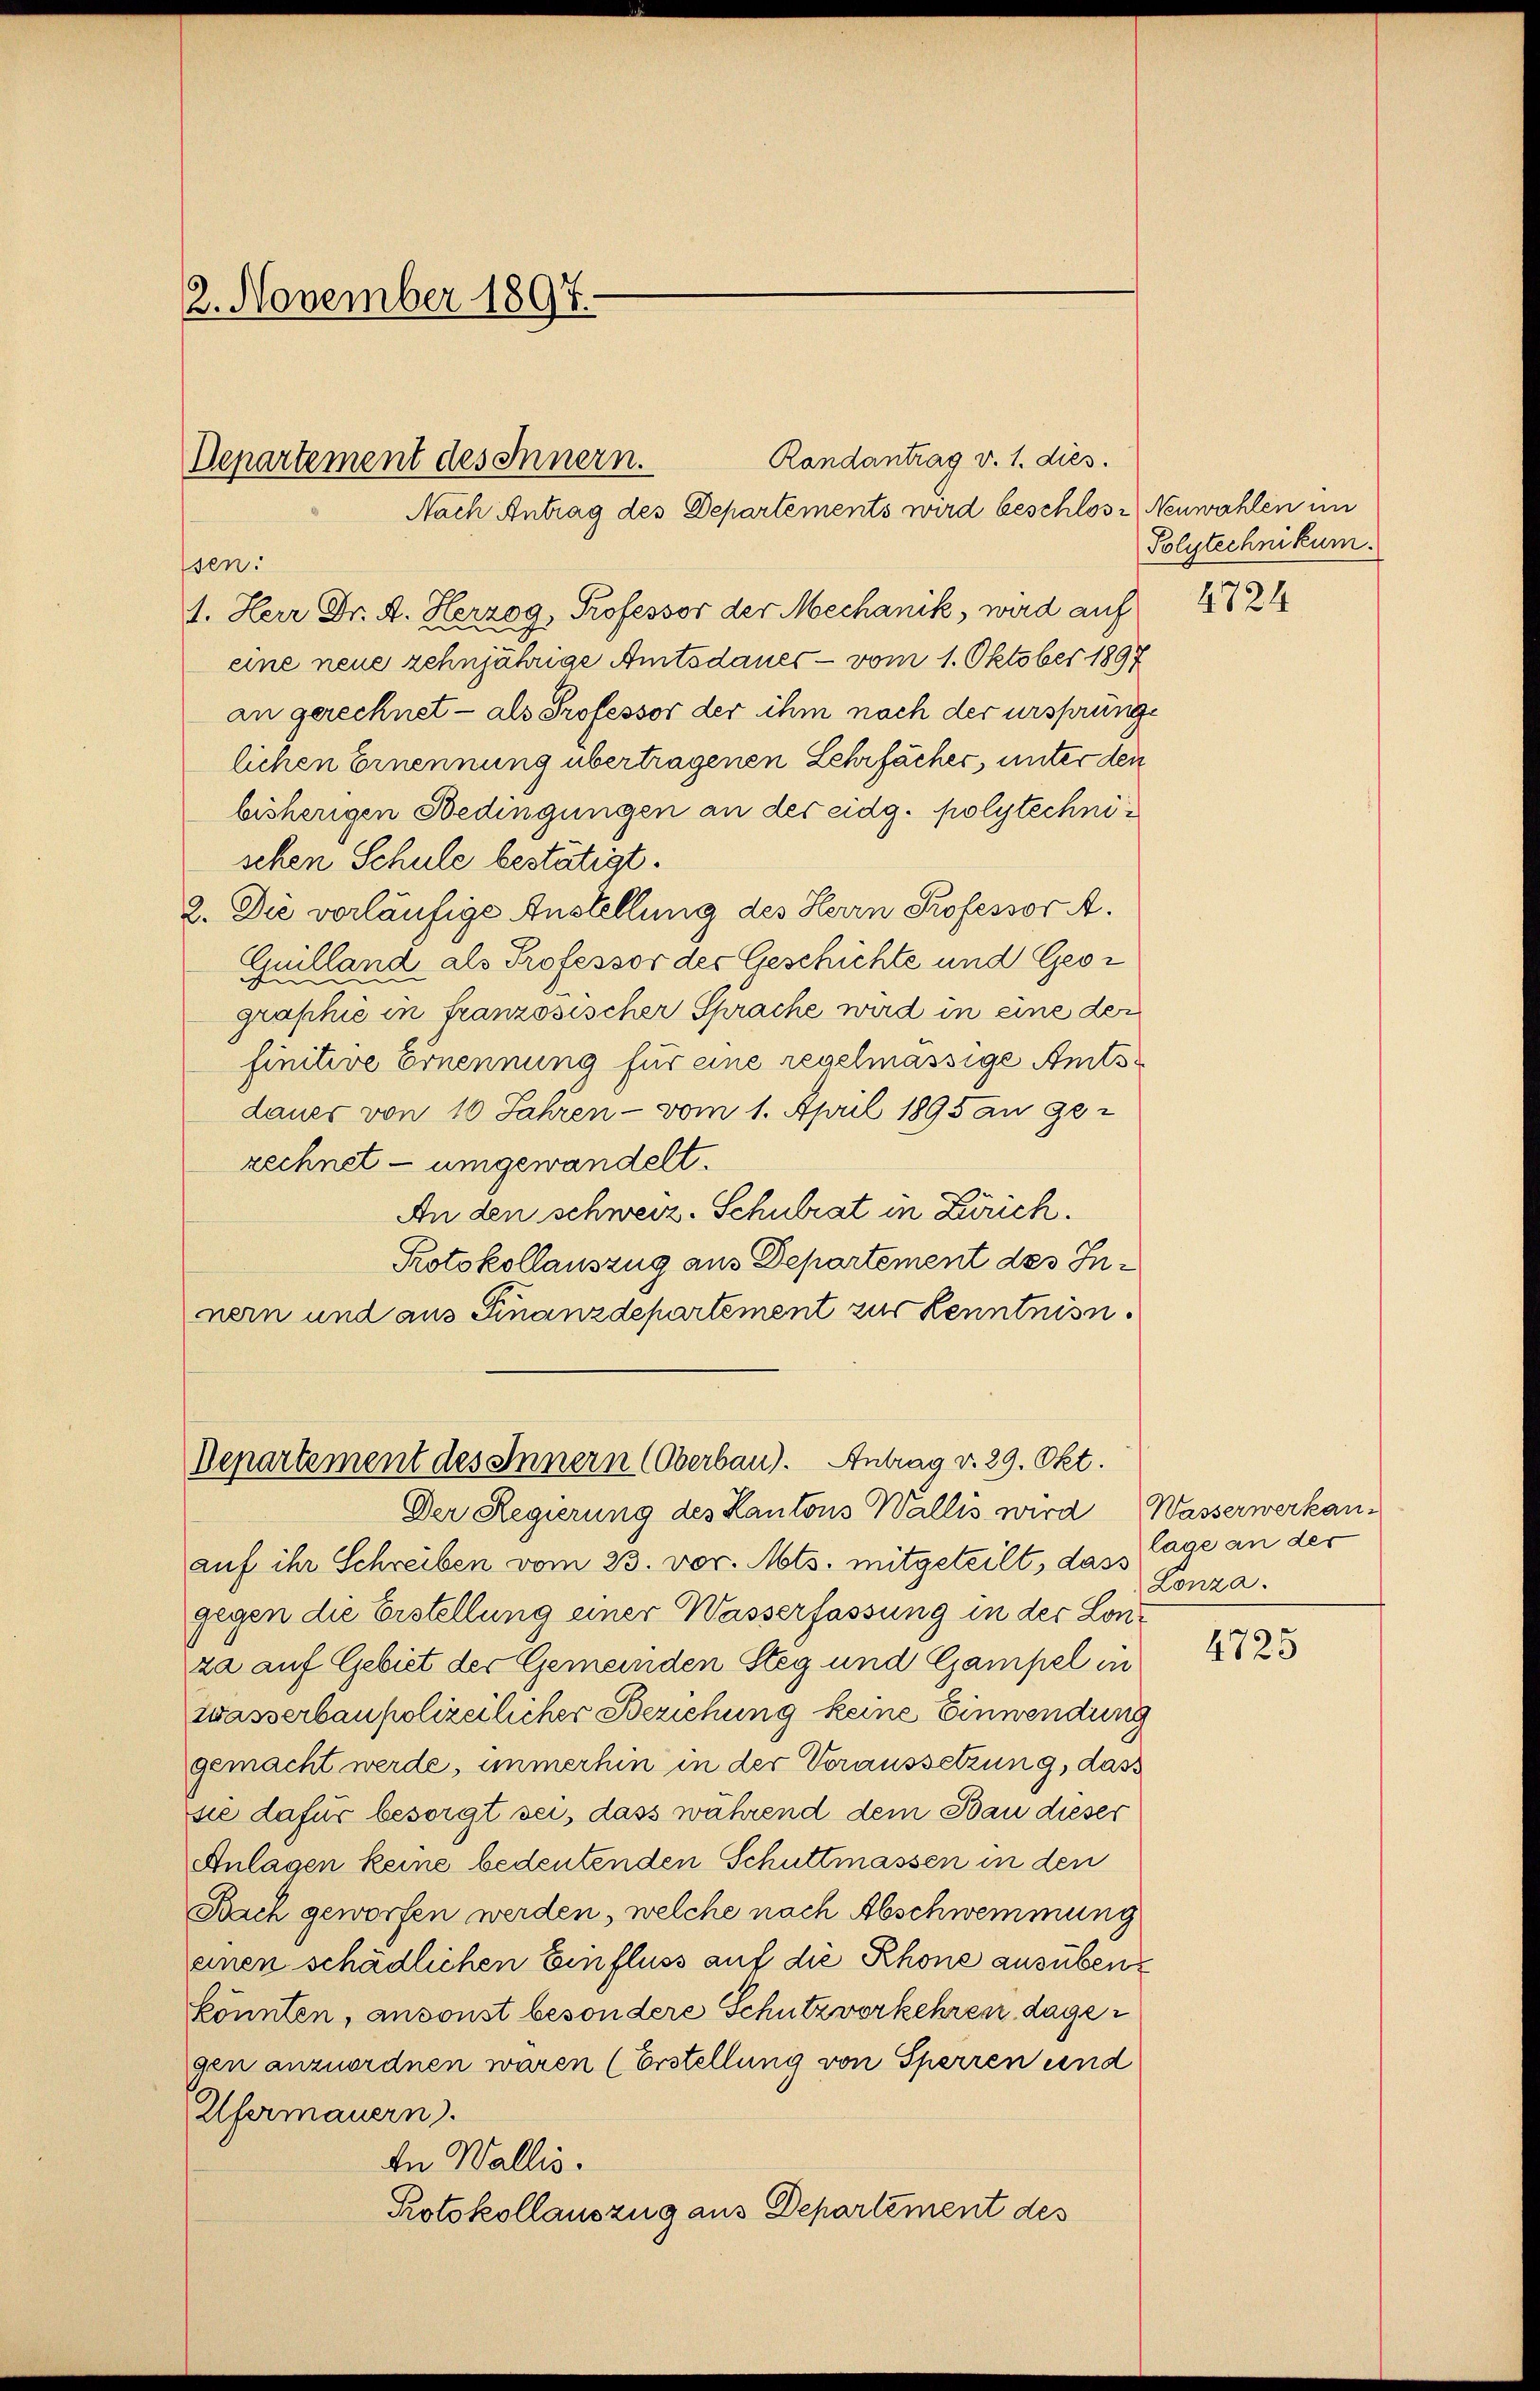
2. November 1897.

Departement des Innern.

Departement des Innern (Oberbau). Antrag v. 29. Okt.
Der Regierung des Kantons Wallis wird Wasserwerkan¬

auf ihr Schreiben vom 23. vor. Mts. mitgeteilt, das lage an der
gegen die Erstellung einer Wasserfassung in der Lonza auf Gebiet der Gemeinden Steg und Gampel in
zwasserbaupolizeilicher Beziehung keine Einwendung
gemacht werde, immerhin in der Voraussetzung, dass
sie dafür besorgt sei, dass während dem Bau dieser
Anlagen keine bedeutenden Schuttmassen in den
Bach geworfen werden, welche nach Abschwemmung
einen schädlichen Einfluss auf die Rhone ausüben
könnten, ansonst besondere Schutzvorkehren dagegen anzuordnen waren (Erstellung von Sperren und
Ufermauern.
In Wallis.
Protokollauszug aus Departement des

Nach Antrag des Departements wird beschlose Neuwahlen im
sen.
1. Herr Dr. A. Herzog, Professor der Mechanik, wird auf
eine neue zehnjährige Amtsdauer — vom 1. Oktober 1897
an gerechnet - als Professor der ihm nach der ursprünge
lichen Ernennung übertragenen Lehrfächer, unter den
bisherigen Bedingungen an der eidg. polytechnischen Schule bestätigt.
2. Die vorläufige Anstellung des Herrn Professor A.
Guilland als Professor des Geschichte und Geor
graphie in französischer Sprache wird in eine der
finitive Ernennung für eine regelmässige Amtsdauer von 10 Jahren - vom 1. April 1895 an ge-
zechnet - umgewandelt.
An den schweiz. Schulrat in Zürich.
Protokollauszug aus Departement des Innern und aus Finanzdepartement zur Kenntnisn.

Randantrag v. 1. dies.

Polytechnikum.

4724

Lonza.

4725